Lunatic asylums Burma 1907-21 - 1907-1921
Year: 1907
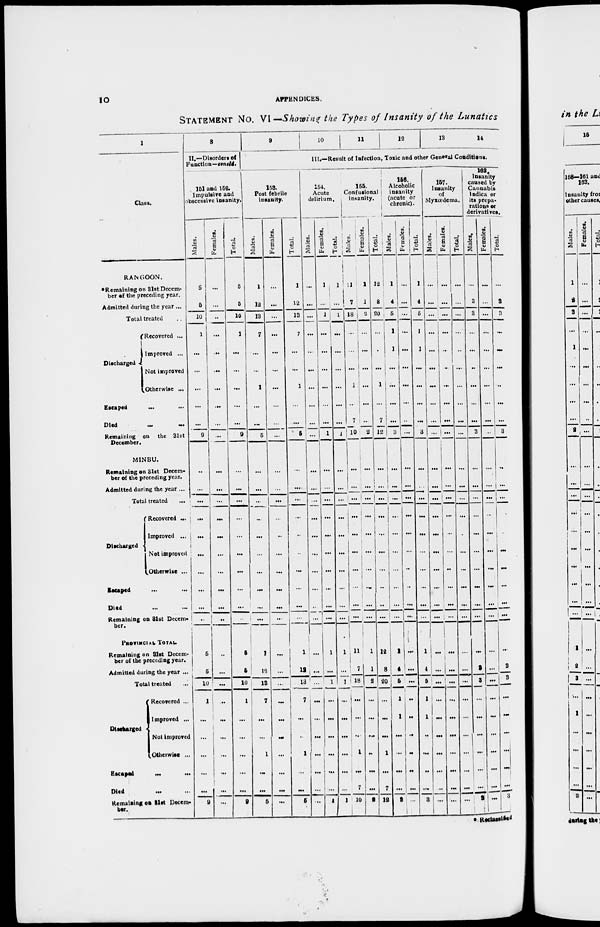
10
APPENDICES.
STATEMENT No. VI—Showing the Types of Insanity of the Lunatics
1
Class.
RANGOON.
* Remaining on 31st Decem-
ber of the preceding year.
Admitted during the year ...
Total treated ...
Discharged
Recovered ...
Improved ...
Not improved
Otherwise ...
Escaped ... ... ...
Died
...
...
Remaining on the 31st
December.
MINBU.
Remaining on 31st Decem-
ber of the preceding year.
Admitted during the year ...
Total treated ... ...
Discharged
Recovered ...
Improved ...
Not improved
Otherwise ...
Escaped ... ...
Died ... ...
Remaining on 31st Decem¬
ber.
PROVINCIAL TOTAL.
Remaining on 31st Decem¬
ber of the preceding year.
Admitted during the year ...
Total treated ...
Discharged
Recovered ...
Improved ...
Not improved
Otherwise ...
Escaped
...
...
Died ... ...
Remaining on 31st Decem-
ber.
8
II.—Disorders of
Function—concld.
151 and 152.
Impulsive and
obscessive insanity.
Males.
5
5
10
1
...
...
...
...
...
9
...
...
...
...
...
...
...
...
...
...
5
5
10
1
...
...
...
...
...
9
Females.
...
...
...
...
...
...
...
...
...
...
...
...
...
...
...
...
...
...
...
...
...
...
...
...
...
...
...
...
...
...
Total.
5
5
10
1
...
...
...
...
...
9
...
...
...
...
...
...
...
...
...
...
5
5
10
1
...
...
...
...
...
9
9
10
11
12 13 14
III.—Result of Infection, Toxic and other General Conditions.
153.
Post febrile
insanity.
Males.
1
12
13
7
...
...
1
...
...
5
...
...
...
...
...
...
...
...
...
...
1
13
13
7
...
...
1
...
...
5
Females.
...
...
...
...
...
...
...
...
...
...
...
...
...
...
...
...
...
...
...
...
...
...
...
...
...
...
...
...
...
...
Total.
1
12
13
7
...
...
1
...
...
5
...
...
...
...
...
...
...
...
...
...
1
12
13
7
...
...
1
...
...
5
154.
Acute
delirium.
Males.
...
...
...
...
...
...
...
...
...
...
...
...
...
...
...
...
...
...
...
...
...
...
...
...
...
...
...
...
...
...
Females.
1
...
1
...
...
...
...
...
...
1
...
...
...
...
...
...
...
...
...
...
1
...
1
...
...
...
...
...
...
1
Total.
1
...
1
...
...
...
...
...
...
1
...
...
...
...
...
...
...
...
...
...
1
...
1
...
...
...
...
...
...
1
155.
Confusional
insanity.
Males.
11
7
18
...
...
...
1
...
7
10
...
...
...
...
...
...
...
...
...
...
11
7
18
...
...
...
1
...
7
10
Females.
1
1
2
...
...
...
...
...
...
2
...
...
...
...
...
...
...
...
...
...
1
1
2
...
...
...
...
...
...
2
Total.
12
8
20
...
...
...
1
...
7
12
...
...
...
...
...
...
...
...
...
...
12
8
20
...
...
...
1
...
7
12
156.
Alcoholic
insanity
(acute or
chronic).
Males.
1
4
5
1
1
...
...
...
...
3
...
...
...
...
...
...
...
...
...
...
1
4
5
1
1
...
...
...
...
3
Females.
...
...
...
...
...
...
...
...
...
...
...
...
...
...
...
...
...
...
...
...
...
...
...
...
...
...
...
...
...
...
Total.
1
4
5
1
1
...
...
...
...
3
...
...
...
...
...
...
...
...
...
...
1
4
5
1
1
...
...
...
...
3
157.
Insanity
of
Myxœdema.
Males.
...
...
...
...
...
...
...
...
...
...
...
...
...
...
...
...
...
...
...
...
...
...
...
...
...
...
...
...
...
...
Females.
...
...
...
...
...
...
...
...
...
...
...
...
...
...
...
...
...
...
...
...
...
...
...
...
...
...
...
...
...
...
Total.
...
...
...
...
...
...
...
...
...
...
...
...
...
...
...
...
...
...
...
...
...
...
...
...
...
...
...
...
...
...
162.
Insanity
caused by
Cannabis
indica or
its prepa-
rations or
derivatives.
Males.
...
3
3
...
...
...
...
...
...
3
...
...
...
...
...
...
...
...
...
...
...
3
3
...
...
...
...
...
...
3
Females.
...
...
...
...
...
...
...
...
...
...
...
...
...
...
...
...
...
...
...
...
...
...
...
...
...
...
...
...
...
...
Total.
...
3
3
...
...
...
...
...
...
3
...
...
...
...
...
...
...
...
...
...
...
3
3
...
...
...
...
...
...
3
* Reclassified